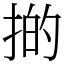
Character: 𢯊